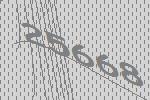
25668